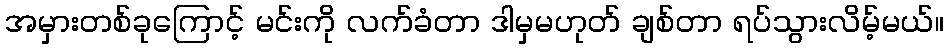
အမှားတစ်ခုကြောင့် မင်းကို လက်ခံတာ ဒါမှမဟုတ် ချစ်တာ ရပ်သွားလိမ့်မယ်။